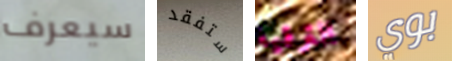
سيعرف ستفقد الترقية بوي